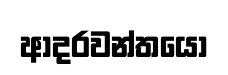
ආදරවන්තයෝ